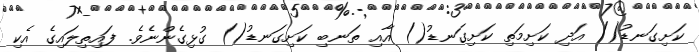
ކަށިގަނޑު() އަދި ކަށިމަތި ކަށިގަނޑު() އާއި ތަނބި ކަށިގަނޑު() ގުޅިގެންނެވެ. ފައިތިލައިގެ އެކި